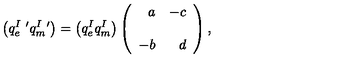
\left( q _ { e } ^ { I \ \prime } q _ { m } ^ { I \ \prime } \right) = \left( q _ { e } ^ { I } q _ { m } ^ { I } \right) \left( \begin{array} { r r } { a } & { - c } \\ { } & { } \\ { - b } & { d } \\ \end{array} \right) ,